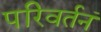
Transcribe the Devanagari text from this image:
परिवर्तनं